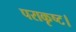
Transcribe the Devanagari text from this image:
पराकृष्ट।